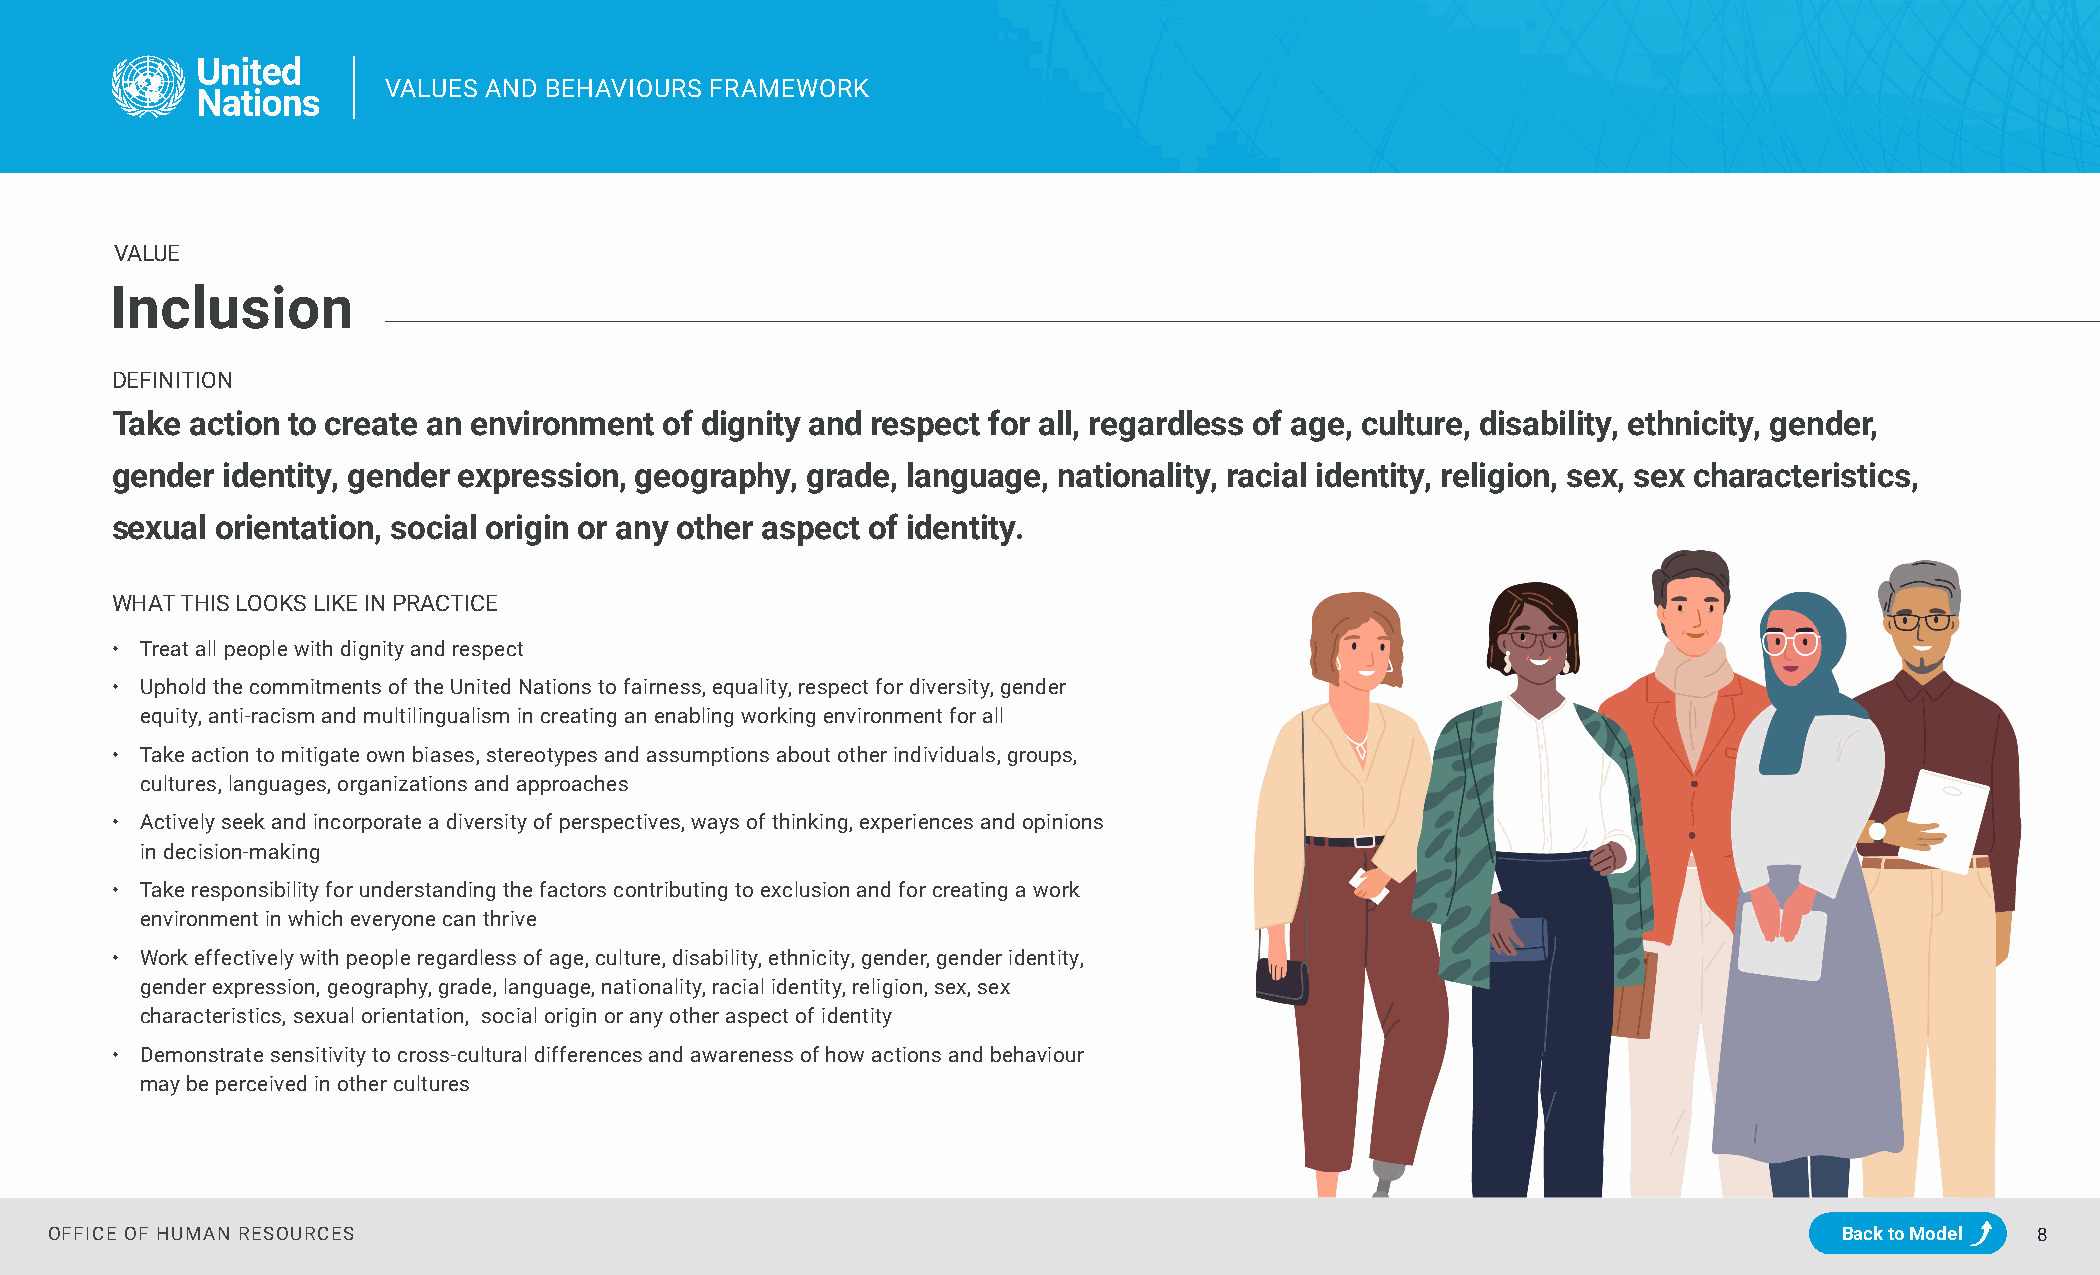
VVAALLUUEESS AANNDD BBEEHHAAVVIIOOUURRSS FFRRAAMMEEWWOORRKK
 VALUE
 Inclusion
 DEFINITION
 Take  action to create an environment of dignity and respect for all, regardless of age, culture, disability, ethnicity, gender,
 gender  identity, gender expression, geography, grade, language, nationality, racial identity, religion, sex, sex characteristics,
 sexual orientation, social origin or any other aspect of identity.
 WHAT THIS LOOKS LIKE IN PRACTICE
 • Treat all people with dignity and respect
 • Uphold the commitments of the United Nations to fairness, equality, respect for diversity, gender
 equity, anti-racism and multilingualism in creating an enabling working environment for all
 • Take action to mitigate own biases, stereotypes and assumptions about other individuals, groups,
 cultures, languages, organizations and approaches
 • Actively seek and incorporate a diversity of perspectives, ways of thinking, experiences and opinions
 in decision-making
 • Take responsibility for understanding the factors contributing to exclusion and for creating a work
 environment in which everyone can thrive
 • Work effectively with people regardless of age, culture, disability, ethnicity, gender, gender identity,
 gender expression, geography, grade, language, nationality, racial identity, religion, sex, sex
 characteristics, sexual orientation, social origin or any other aspect of identity
 • Demonstrate sensitivity to cross-cultural differences and awareness of how actions and behaviour
 may be perceived in other cultures
 OFFICE OF HUMAN RESOURCES                                                                                              Back to Model 8